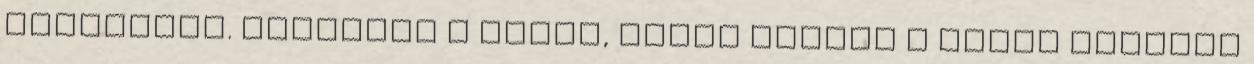
mosollyal. Működött a csali, annak rendje s módja szerint